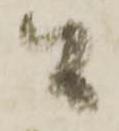
間